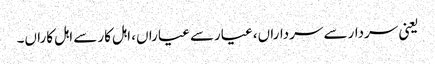
یعنی سردارسے سرداراں، عیارسے عیاراں، اہل کارسے اہل کاراں۔